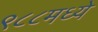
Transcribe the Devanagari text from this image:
९८८मध्ये